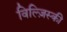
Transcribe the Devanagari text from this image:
विल्ज़िस्की